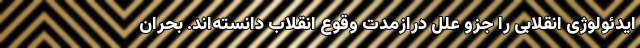
ایدئولوژی انقلابی را جزو علل درازمدت وقوع انقلاب دانسته‌اند. بحران